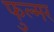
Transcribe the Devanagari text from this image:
फुल्मर